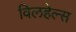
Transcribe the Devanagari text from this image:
विलहेल्स